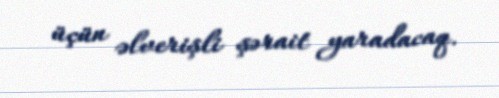
üçün əlverişli şərait yaradacaq.